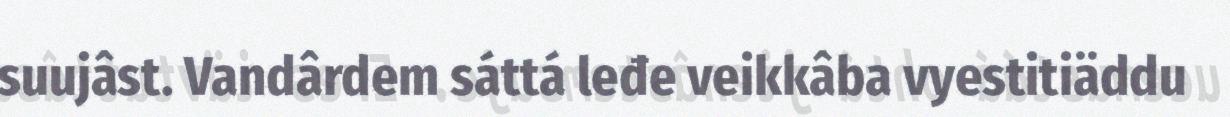
suujâst. Vandârdem sáttá leđe veikkâba vyestitiäddu